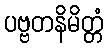
ပဗ္ဗတနိမိတ္တံ